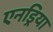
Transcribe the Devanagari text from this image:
एनड्रिया